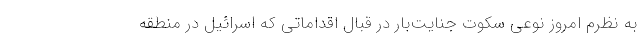
به نظرم امروز نوعی سکوت جنایت‌بار در قبال اقداماتی که اسرائیل در منطقه